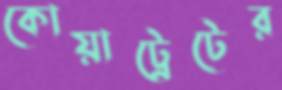
কোয়াট্রেটের